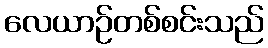
လေယာဉ်တစ်စင်းသည်